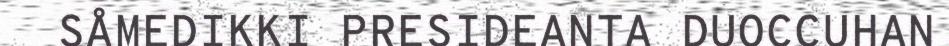
SÅMEDIKKI PRESIDEANTA DUOCCUHAN